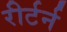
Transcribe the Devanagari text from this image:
रीर्टर्न